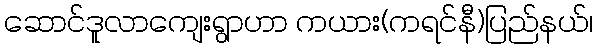
ဆောင်ဒူလာကျေးရွာဟာ ကယား(ကရင်နီ)ပြည်နယ်၊